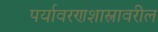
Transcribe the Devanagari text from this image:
पर्यावरणशास्त्रावरील